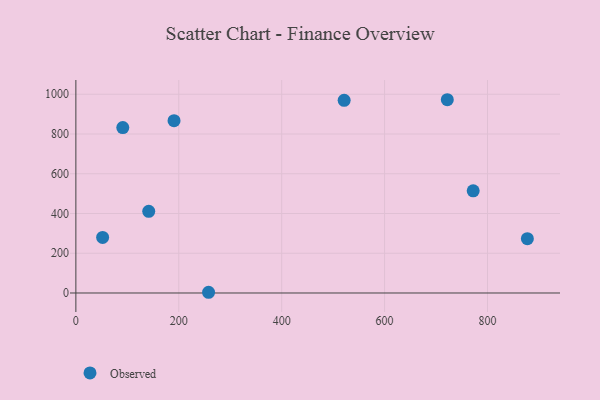
{"axis": {"x": "Speed", "y": "Profit"}, "legend": ["Observed"], "data": [{"x": "52.0", "y": 279.8, "type": "Observed"}, {"x": "721.9", "y": 972.4, "type": "Observed"}, {"x": "91.2", "y": 832.2, "type": "Observed"}, {"x": "190.8", "y": 866.8, "type": "Observed"}, {"x": "772.2", "y": 514.1, "type": "Observed"}, {"x": "141.6", "y": 410.7, "type": "Observed"}, {"x": "257.9", "y": 3.6, "type": "Observed"}, {"x": "877.5", "y": 273.2, "type": "Observed"}, {"x": "521.4", "y": 969.6, "type": "Observed"}]}